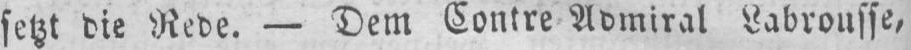
setzt die Rede. - Dem Contre Admiral Labrousse,